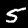
Digit: 5